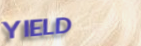
YIELD